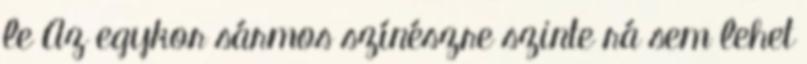
le Az egykor sármos színészre szinte rá sem lehet